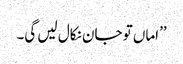
’’اماں تو جان نکال لیں گی۔